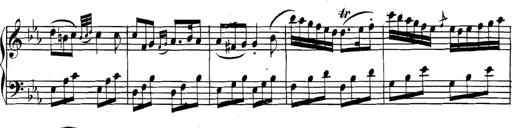
Title: Collected Piano Sonatas
Composer: Muzio Clementi